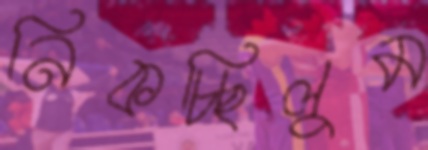
নিকচ্ছিলুম